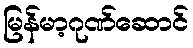
မြန်မာ့ဂုဏ်ဆောင်